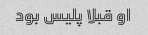
او قبلا پلیس بود